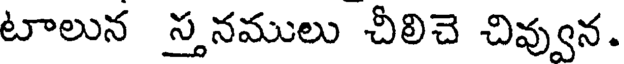
టాలున స్తనములు చీలిచె చివ్వున.